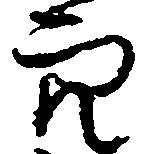
穴